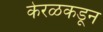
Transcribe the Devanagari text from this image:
केरळकडून